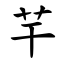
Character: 芉